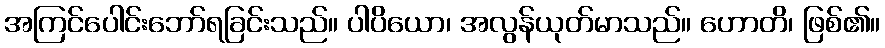
အကြင်ပေါင်းဘော်ရခြင်းသည်။ ပါပိယော၊ အလွန်ယုတ်မာသည်။ ဟောတိ၊ ဖြစ်၏။